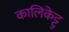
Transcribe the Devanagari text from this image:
कालिकेट्टु